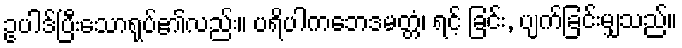
ဥပါဒ်ပြီးသောရုပ်၏လည်း။ ပရိပါကဘေဒမတ္တံ၊ ရင့် ခြင်း, ပျက်ခြင်းမျှသည်။